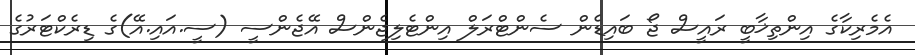
އެމެރިކާގެ އިންތިޚާބީ ރައީސް ޖޯ ބައިޑެން ސެންޓްރަލް އިންޓެލިޖެންސް އޭޖެންސީ (ސީ.އައި.އޭ)ގެ ޑިރެކްޓަރުގެ